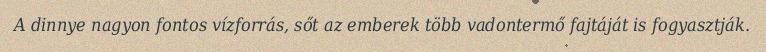
A dinnye nagyon fontos vízforrás, sőt az emberek több vadontermő fajtáját is fogyasztják.